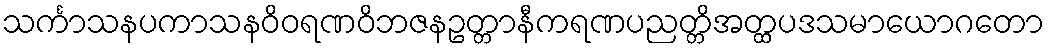
သင်္ကာသနပကာသနဝိဝရဏဝိဘဇနဥတ္တာနီကရဏပညတ္တိအတ္ထပဒသမာယောဂတော